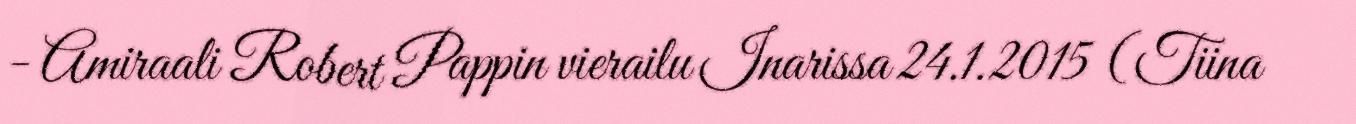
- Amiraali Robert Pappin vierailu Inarissa 24.1.2015 (Tiina